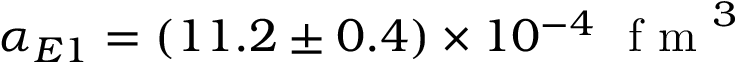
\alpha _ { E 1 } = ( 1 1 . 2 \pm 0 . 4 ) \times 1 0 ^ { - 4 } ~ \mathrm { ~ f ~ m ~ } ^ { 3 }